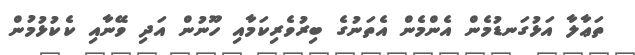
ތަޢާލާ އަޅުގަނޑުމެން އެންމެން އެތަނުގެ ބިރުވެރިކަމާއި ހޫނުން އަދި ވޭނާއި ކެކުޅުމުން